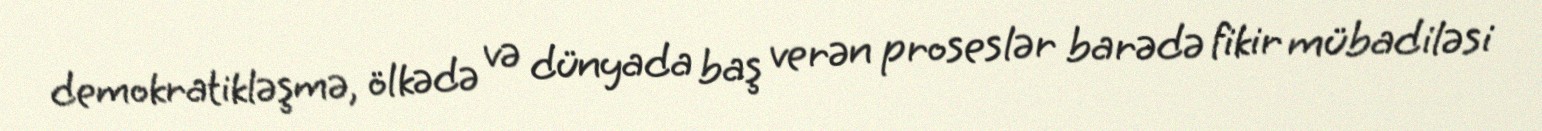
demokratikləşmə, ölkədə və dünyada baş verən proseslər barədə fikir mübadiləsi